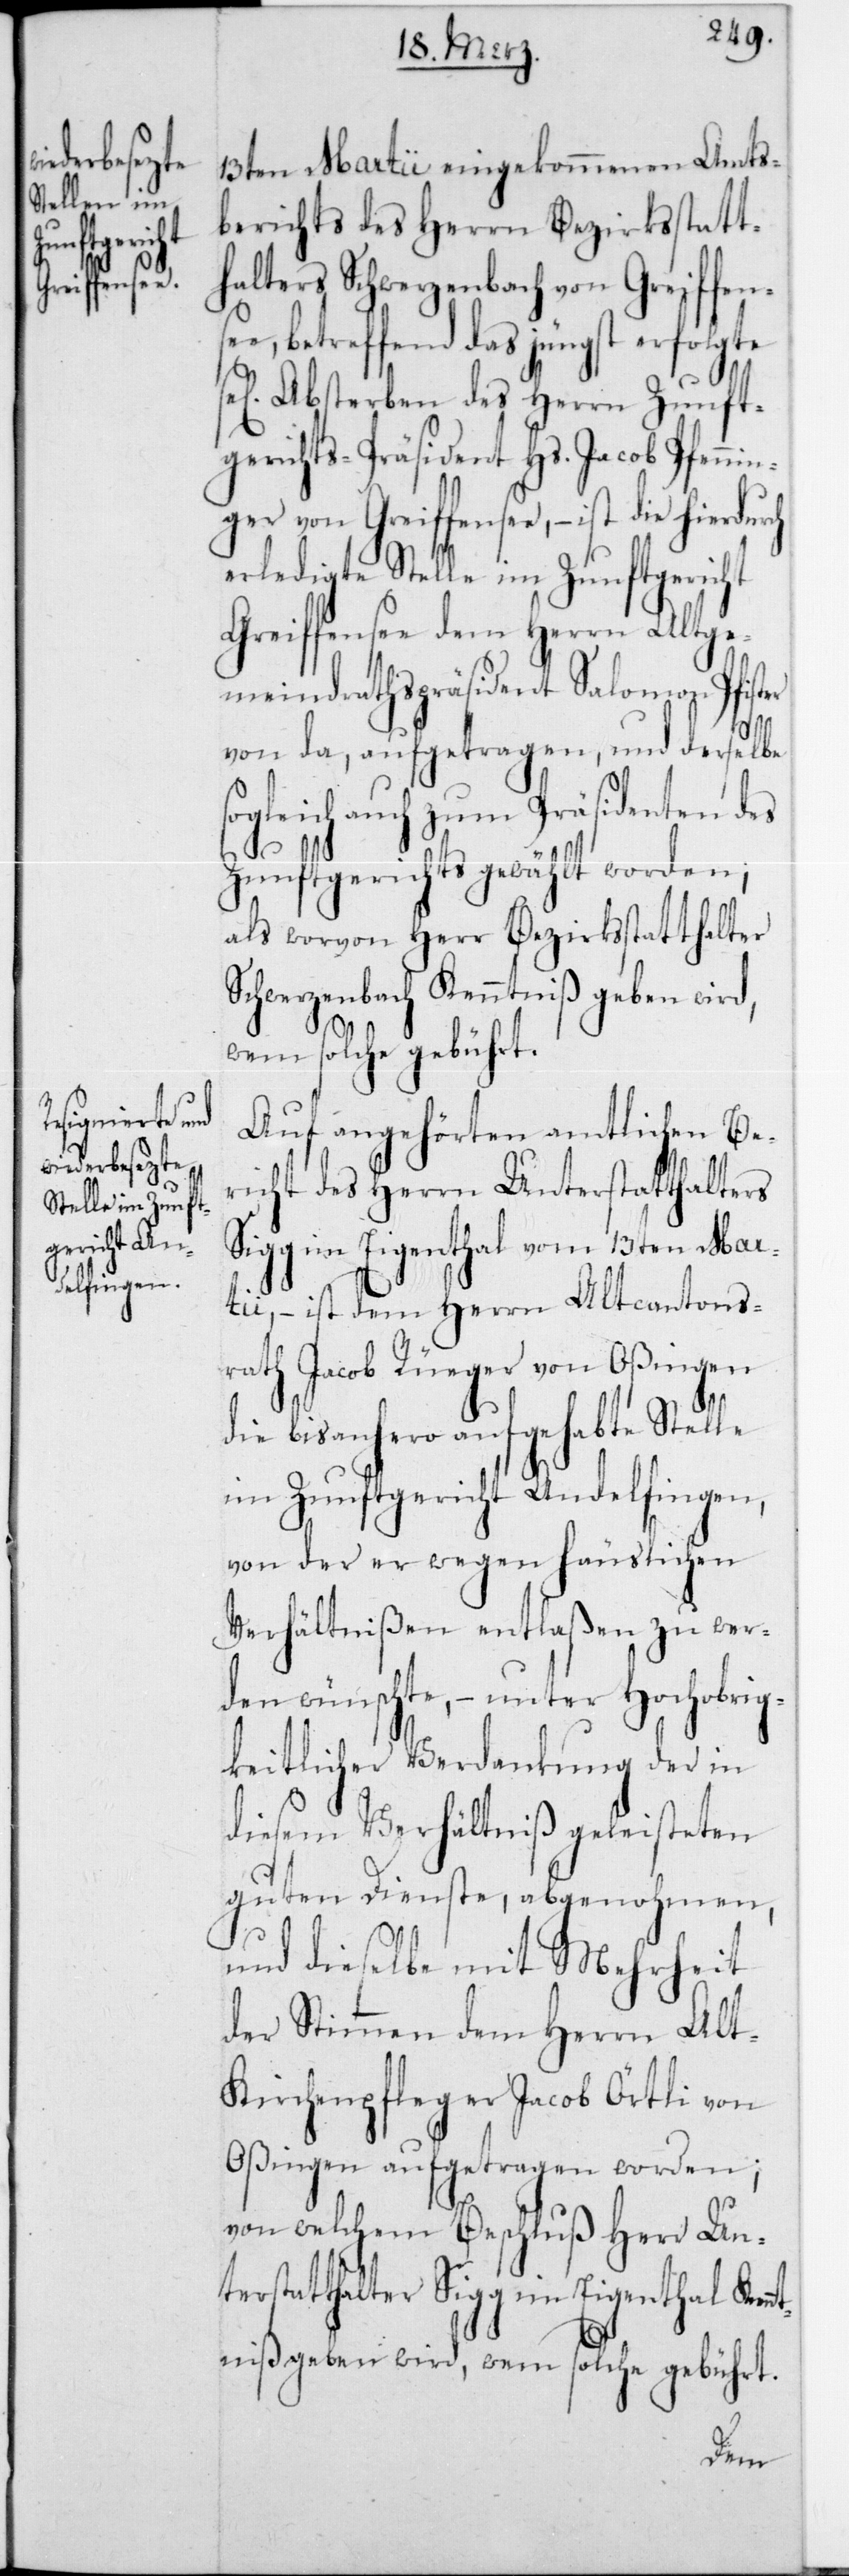
erledigte
Stelle im
Zunftgericht
fensee,
ist die hi¬

13ten Martii eingekommenen Amts¬
berichts des Herrn Bezirksstatt¬
halters Schwerzenbach von Greiffen¬
see, betreffend das jüngst erfolgte
sel. Absterben des Herrn Zunft¬
gerichts-Präsident Hs. Jacob Pfenn¬
Greiffensee dem Herrn Altge¬
meindrathspräsident Salomon Pfister
von da, aufgetragen, und derselbe
sogleich auch zum Präsidenten des
S¬
Zunftgerichts gewählt worden;
als worvon Herr Bezirksstatthalter
chwerzenbach Kenntniß geben wird,
wem solche gebührt.
Auf angehörten amtlichen Be¬
richt des Herrn Unterstatthalters
Sigg im Eigenthal vom 13ten Mar¬
tii, – ist dem Herrn Altcantonsr¬
ath Jacob Rüeger von Oßingen
die bisanhero aufgehabte Stelle
im Zunftgericht Andelfingen,
von der er wegen häuslichen
Verhältnißen entlaßen zu wer¬
den wünschte, – unter Hochobrig¬
keitlicher Verdankung der in
diesem Verhältniß geleisteten
guten Dienste, abgenohmen,
und dieselbe mit Mehrheit
der Stimmen dem Herrn Alt¬
kirchenpfleger Jacob Örtli von
Oßingen aufgetragen worden;
von welchem Beschluß Herr Un¬
terstatthalter Sigg im Eigenthal Ken¬
ntniß geben wird, wem solche gebührt.